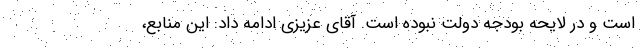
است و در لایحه بودجه دولت نبوده است. آقای عزیزی ادامه داد: این منابع،